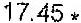
17.45 *